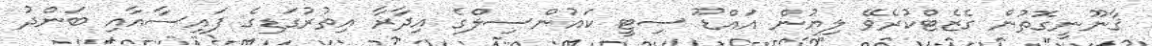
ޤާނޫނީގޮތުން ގެޒެޓްކުރެވޭ ލިޔުން އައްޑޫ ސިޓީ ކައުންސިލްގެ އިދާރާ އިތުރުގަޑިގެ ފައިސާއާއި ބަންދު